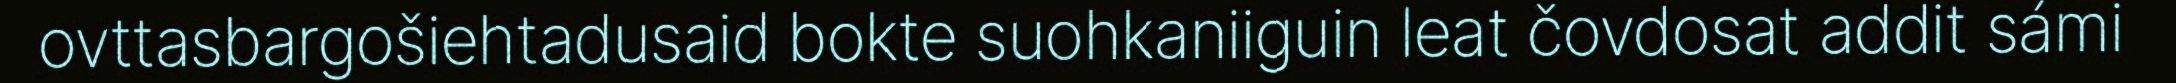
ovttasbargošiehtadusaid bokte suohkaniiguin leat čovdosat addit sámi